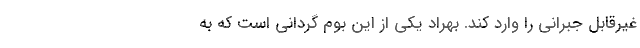
غیرقابل جبرانی را وارد کند. بهراد یکی از این بوم گردانی است که به